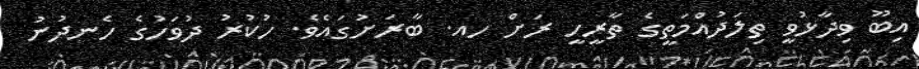
އިބޫ ވިދާޅުވީ ތިލަދުއްމަތީގެ ތާރީހީ ރަށް ހއ. ބާރަށުގައެވެ. ހުކުރު ދުވަހުގެ ހެނދުނު